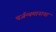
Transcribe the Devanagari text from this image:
पर्जन्यमानाचा